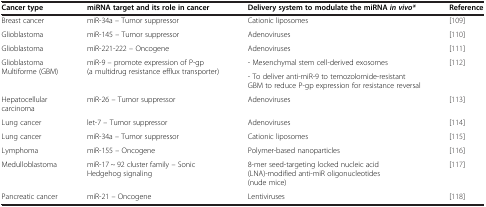
<table><thead><tr><td><b>Cancer type</b></td><td><b>miRNA target and its role in cancer</b></td><td><b>Delivery system to modulate the miRNA <i>in vivo*</i></b></td><td><b>Reference</b></td></tr></thead><tbody><tr><td>Breast cancer</td><td>miR-34a – Tumor suppressor</td><td>Cationic liposomes</td><td>[109]</td></tr><tr><td>Glioblastoma</td><td>miR-145 – Tumor suppressor</td><td>Adenoviruses</td><td>[110]</td></tr><tr><td>Glioblastoma</td><td>miR-221-222 – Oncogene</td><td>Adenoviruses</td><td>[111]</td></tr><tr><td rowspan="2">Glioblastoma Multiforme (GBM)</td><td rowspan="2">miR-9 – promote expression of P-gp (a multidrug resistance efflux transporter)</td><td>- Mesenchymal stem cell-derived exosomes</td><td rowspan="2">[112]</td></tr><tr><td>- To deliver anti-miR-9 to temozolomide-resistant GBM to reduce P-gp expression for resistance reversal</td></tr><tr><td>Hepatocellular carcinoma</td><td>miR-26 – Tumor suppressor</td><td>Adenoviruses</td><td>[113]</td></tr><tr><td>Lung cancer</td><td>let-7 – Tumor suppressor</td><td>Adenoviruses</td><td>[114]</td></tr><tr><td>Lung cancer</td><td>miR-34a – Tumor suppressor</td><td>Cationic liposomes</td><td>[115]</td></tr><tr><td>Lymphoma</td><td>miR-155 – Oncogene</td><td>Polymer-based nanoparticles</td><td>[116]</td></tr><tr><td>Medulloblastoma</td><td>miR-17 ~ 92 cluster family – Sonic Hedgehog signaling</td><td>8-mer seed-targeting locked nucleic acid (LNA)-modified anti-miR oligonucleotides (nude mice)</td><td>[117]</td></tr><tr><td>Pancreatic cancer</td><td>miR-21 – Oncogene</td><td>Lentiviruses</td><td>[118]</td></tr></tbody></table>